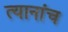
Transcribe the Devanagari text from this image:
त्यानांच